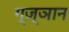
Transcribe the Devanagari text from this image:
ग्ज्ञान